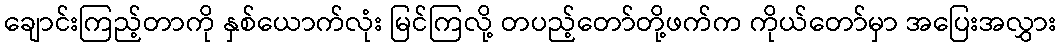
ချောင်းကြည့်တာကို နှစ်ယောက်လုံး မြင်ကြလို့ တပည့်တော်တို့ဖက်က ကိုယ်တော်မှာ အပြေးအလွှား